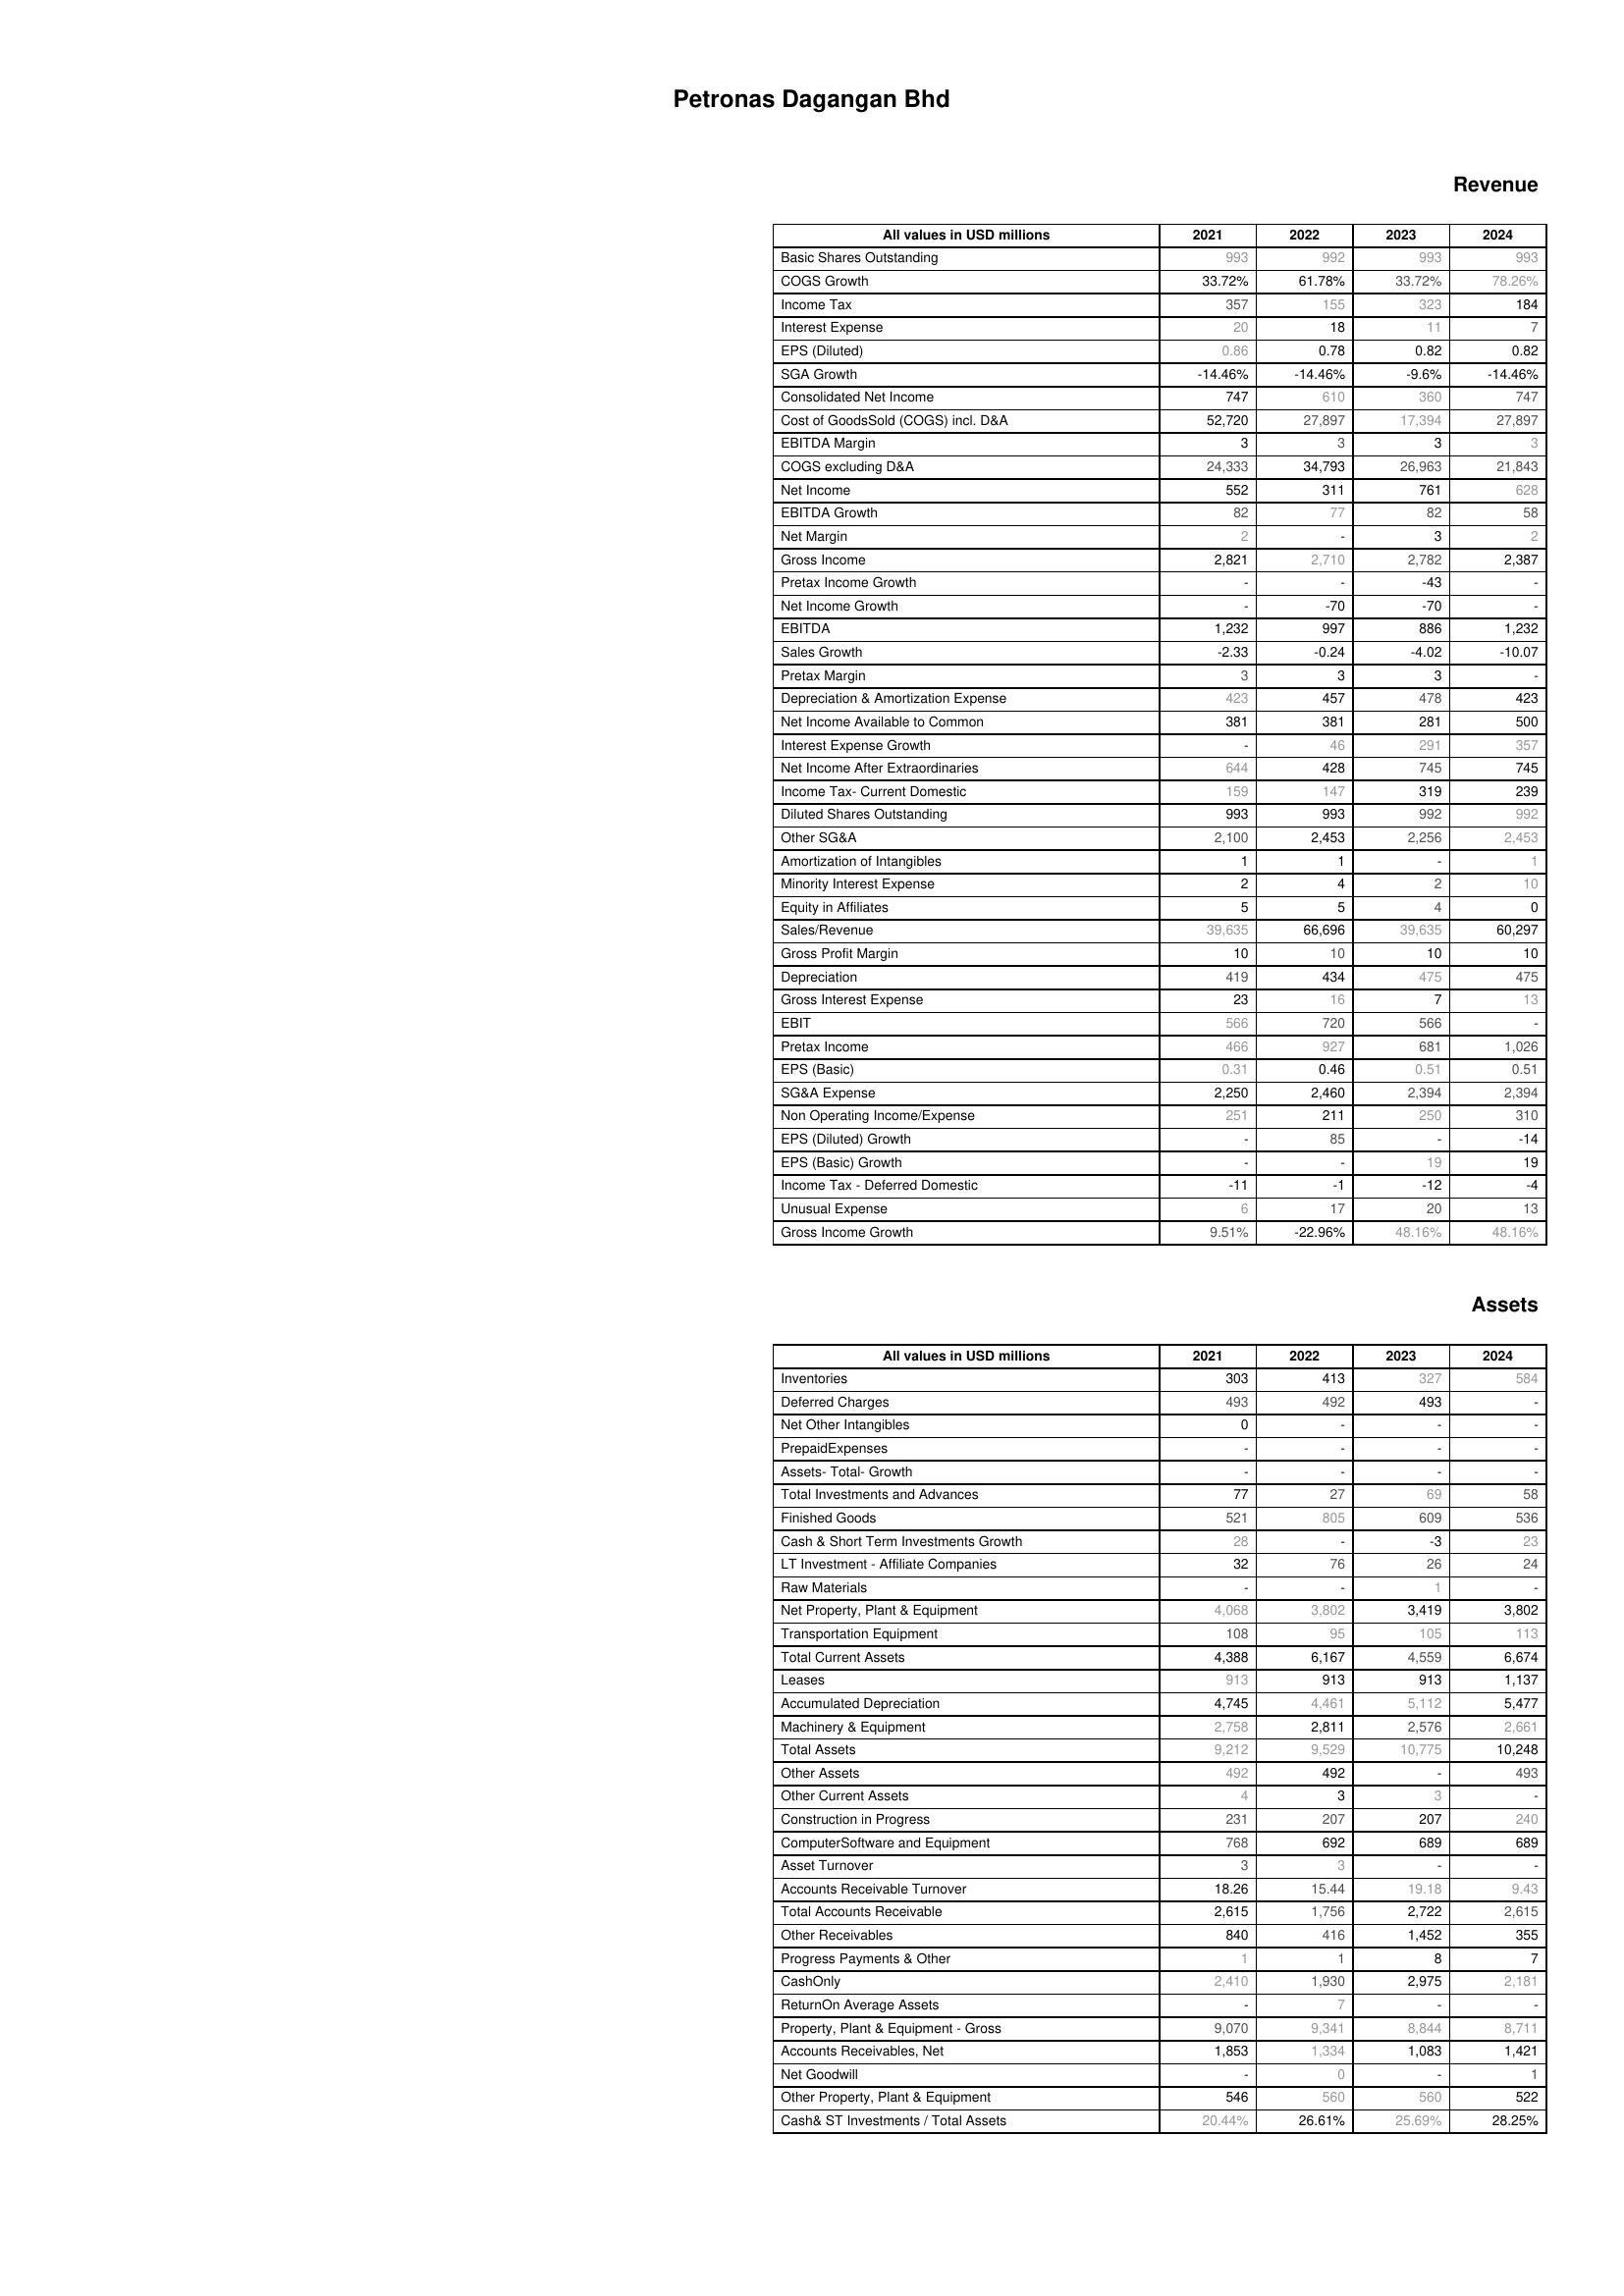
2021: Revenue: Basic Shares Outstanding: 993
COGS Growth: 33.72%
Income Tax: 357
Interest Expense: 20
EPS (Diluted): 0.86
SGA Growth: -14.46%
Consolidated Net Income: 747
Cost of GoodsSold (COGS) incl. D&A: 52,720
EBITDA Margin: 3
COGS excluding D&A: 24,333
Net Income: 552
EBITDA Growth: 82
Net Margin: 2
Gross Income: 2,821
Pretax Income Growth: -
Net Income Growth: -
EBITDA: 1,232
Sales Growth: -2.33
Pretax Margin: 3
Depreciation & Amortization Expense: 423
Net Income Available to Common: 381
Interest Expense Growth: -
Net Income After Extraordinaries: 644
Income Tax- Current Domestic: 159
Diluted Shares Outstanding: 993
Other SG&A: 2,100
Amortization of Intangibles: 1
Minority Interest Expense: 2
Equity in Affiliates: 5
Sales/Revenue: 39,635
Gross Profit Margin: 10
Depreciation: 419
Gross Interest Expense: 23
EBIT: 566
Pretax Income: 466
EPS (Basic): 0.31
SG&A Expense: 2,250
Non Operating Income/Expense: 251
EPS (Diluted) Growth: -
EPS (Basic) Growth: -
Income Tax - Deferred Domestic: -11
Unusual Expense: 6
Gross Income Growth: 9.51%
Assets: Inventories: 303
Deferred Charges: 493
Net Other Intangibles: 0
PrepaidExpenses: -
Assets- Total- Growth: -
Total Investments and Advances: 77
Finished Goods: 521
Cash & Short Term Investments Growth: 28
LT Investment - Affiliate Companies: 32
Raw Materials: -
Net Property, Plant & Equipment: 4,068
Transportation Equipment: 108
Total Current Assets: 4,388
Leases: 913
Accumulated Depreciation: 4,745
Machinery & Equipment: 2,758
Total Assets: 9,212
Other Assets: 492
Other Current Assets: 4
Construction in Progress: 231
ComputerSoftware and Equipment: 768
Asset Turnover: 3
Accounts Receivable Turnover: 18.26
Total Accounts Receivable: 2,615
Other Receivables: 840
Progress Payments & Other: 1
CashOnly: 2,410
ReturnOn Average Assets: -
Property, Plant & Equipment - Gross : 9,070
Accounts Receivables, Net: 1,853
Net Goodwill: -
Other Property, Plant & Equipment: 546
Cash& ST Investments / Total Assets: 20.44%
2022: Revenue: Basic Shares Outstanding: 992
COGS Growth: 61.78%
Income Tax: 155
Interest Expense: 18
EPS (Diluted): 0.78
SGA Growth: -14.46%
Consolidated Net Income: 610
Cost of GoodsSold (COGS) incl. D&A: 27,897
EBITDA Margin: 3
COGS excluding D&A: 34,793
Net Income: 311
EBITDA Growth: 77
Net Margin: -
Gross Income: 2,710
Pretax Income Growth: -
Net Income Growth: -70
EBITDA: 997
Sales Growth: -0.24
Pretax Margin: 3
Depreciation & Amortization Expense: 457
Net Income Available to Common: 381
Interest Expense Growth: 46
Net Income After Extraordinaries: 428
Income Tax- Current Domestic: 147
Diluted Shares Outstanding: 993
Other SG&A: 2,453
Amortization of Intangibles: 1
Minority Interest Expense: 4
Equity in Affiliates: 5
Sales/Revenue: 66,696
Gross Profit Margin: 10
Depreciation: 434
Gross Interest Expense: 16
EBIT: 720
Pretax Income: 927
EPS (Basic): 0.46
SG&A Expense: 2,460
Non Operating Income/Expense: 211
EPS (Diluted) Growth: 85
EPS (Basic) Growth: -
Income Tax - Deferred Domestic: -1
Unusual Expense: 17
Gross Income Growth: -22.96%
Assets: Inventories: 413
Deferred Charges: 492
Net Other Intangibles: -
PrepaidExpenses: -
Assets- Total- Growth: -
Total Investments and Advances: 27
Finished Goods: 805
Cash & Short Term Investments Growth: -
LT Investment - Affiliate Companies: 76
Raw Materials: -
Net Property, Plant & Equipment: 3,802
Transportation Equipment: 95
Total Current Assets: 6,167
Leases: 913
Accumulated Depreciation: 4,461
Machinery & Equipment: 2,811
Total Assets: 9,529
Other Assets: 492
Other Current Assets: 3
Construction in Progress: 207
ComputerSoftware and Equipment: 692
Asset Turnover: 3
Accounts Receivable Turnover: 15.44
Total Accounts Receivable: 1,756
Other Receivables: 416
Progress Payments & Other: 1
CashOnly: 1,930
ReturnOn Average Assets: 7
Property, Plant & Equipment - Gross : 9,341
Accounts Receivables, Net: 1,334
Net Goodwill: 0
Other Property, Plant & Equipment: 560
Cash& ST Investments / Total Assets: 26.61%
2023: Revenue: Basic Shares Outstanding: 993
COGS Growth: 33.72%
Income Tax: 323
Interest Expense: 11
EPS (Diluted): 0.82
SGA Growth: -9.6%
Consolidated Net Income: 360
Cost of GoodsSold (COGS) incl. D&A: 17,394
EBITDA Margin: 3
COGS excluding D&A: 26,963
Net Income: 761
EBITDA Growth: 82
Net Margin: 3
Gross Income: 2,782
Pretax Income Growth: -43
Net Income Growth: -70
EBITDA: 886
Sales Growth: -4.02
Pretax Margin: 3
Depreciation & Amortization Expense: 478
Net Income Available to Common: 281
Interest Expense Growth: 291
Net Income After Extraordinaries: 745
Income Tax- Current Domestic: 319
Diluted Shares Outstanding: 992
Other SG&A: 2,256
Amortization of Intangibles: -
Minority Interest Expense: 2
Equity in Affiliates: 4
Sales/Revenue: 39,635
Gross Profit Margin: 10
Depreciation: 475
Gross Interest Expense: 7
EBIT: 566
Pretax Income: 681
EPS (Basic): 0.51
SG&A Expense: 2,394
Non Operating Income/Expense: 250
EPS (Diluted) Growth: -
EPS (Basic) Growth: 19
Income Tax - Deferred Domestic: -12
Unusual Expense: 20
Gross Income Growth: 48.16%
Assets: Inventories: 327
Deferred Charges: 493
Net Other Intangibles: -
PrepaidExpenses: -
Assets- Total- Growth: -
Total Investments and Advances: 69
Finished Goods: 609
Cash & Short Term Investments Growth: -3
LT Investment - Affiliate Companies: 26
Raw Materials: 1
Net Property, Plant & Equipment: 3,419
Transportation Equipment: 105
Total Current Assets: 4,559
Leases: 913
Accumulated Depreciation: 5,112
Machinery & Equipment: 2,576
Total Assets: 10,775
Other Assets: -
Other Current Assets: 3
Construction in Progress: 207
ComputerSoftware and Equipment: 689
Asset Turnover: -
Accounts Receivable Turnover: 19.18
Total Accounts Receivable: 2,722
Other Receivables: 1,452
Progress Payments & Other: 8
CashOnly: 2,975
ReturnOn Average Assets: -
Property, Plant & Equipment - Gross : 8,844
Accounts Receivables, Net: 1,083
Net Goodwill: -
Other Property, Plant & Equipment: 560
Cash& ST Investments / Total Assets: 25.69%
2024: Revenue: Basic Shares Outstanding: 993
COGS Growth: 78.26%
Income Tax: 184
Interest Expense: 7
EPS (Diluted): 0.82
SGA Growth: -14.46%
Consolidated Net Income: 747
Cost of GoodsSold (COGS) incl. D&A: 27,897
EBITDA Margin: 3
COGS excluding D&A: 21,843
Net Income: 628
EBITDA Growth: 58
Net Margin: 2
Gross Income: 2,387
Pretax Income Growth: -
Net Income Growth: -
EBITDA: 1,232
Sales Growth: -10.07
Pretax Margin: -
Depreciation & Amortization Expense: 423
Net Income Available to Common: 500
Interest Expense Growth: 357
Net Income After Extraordinaries: 745
Income Tax- Current Domestic: 239
Diluted Shares Outstanding: 992
Other SG&A: 2,453
Amortization of Intangibles: 1
Minority Interest Expense: 10
Equity in Affiliates: 0
Sales/Revenue: 60,297
Gross Profit Margin: 10
Depreciation: 475
Gross Interest Expense: 13
EBIT: -
Pretax Income: 1,026
EPS (Basic): 0.51
SG&A Expense: 2,394
Non Operating Income/Expense: 310
EPS (Diluted) Growth: -14
EPS (Basic) Growth: 19
Income Tax - Deferred Domestic: -4
Unusual Expense: 13
Gross Income Growth: 48.16%
Assets: Inventories: 584
Deferred Charges: -
Net Other Intangibles: -
PrepaidExpenses: -
Assets- Total- Growth: -
Total Investments and Advances: 58
Finished Goods: 536
Cash & Short Term Investments Growth: 23
LT Investment - Affiliate Companies: 24
Raw Materials: -
Net Property, Plant & Equipment: 3,802
Transportation Equipment: 113
Total Current Assets: 6,674
Leases: 1,137
Accumulated Depreciation: 5,477
Machinery & Equipment: 2,661
Total Assets: 10,248
Other Assets: 493
Other Current Assets: -
Construction in Progress: 240
ComputerSoftware and Equipment: 689
Asset Turnover: -
Accounts Receivable Turnover: 9.43
Total Accounts Receivable: 2,615
Other Receivables: 355
Progress Payments & Other: 7
CashOnly: 2,181
ReturnOn Average Assets: -
Property, Plant & Equipment - Gross : 8,711
Accounts Receivables, Net: 1,421
Net Goodwill: 1
Other Property, Plant & Equipment: 522
Cash& ST Investments / Total Assets: 28.25%